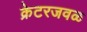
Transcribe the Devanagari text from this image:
क्रेटरजवळ